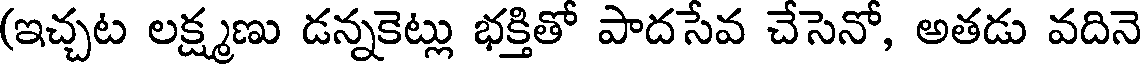
(ఇచ్చట లక్ష్మణు డన్నకెట్లు భక్తితో పాదసేవ చేసెనో, అతడు వదినె